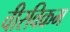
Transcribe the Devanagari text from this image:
वीरविक्रम